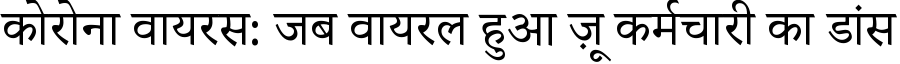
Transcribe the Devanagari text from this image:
कोरोना वायरस: जब वायरल हुआ ज़ू कर्मचारी का डांस